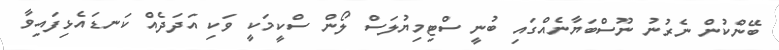
ބޭންކުން ނެރުނު ނޫސްބަޔާނެއްގައި ބުނީ ސްޓިމިޔުލަސް ލޯން ސްކީމަކީ ވަކި އަދަދެއް ކަނޑައެޅިފައިވާ